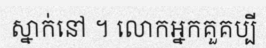
ស្នាក់នៅ ។ លោកអ្នកគួគប្បី